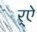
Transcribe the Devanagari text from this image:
र्‌ऐ